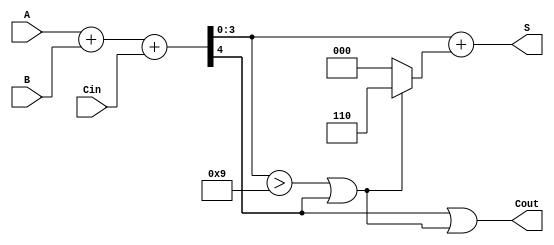
module BCD_Fast_Adder (
    input [3:0] A,      // First BCD digit
    input [3:0] B,      // Second BCD digit
    input Cin,          // Carry-in
    output [3:0] S,     // BCD sum
    output Cout         // Carry-out
);

    wire [4:0] Sum;         // 5-bit sum to accommodate carry
    wire Cout_int;          // Intermediate carry-out
    wire [3:0] Corrected_Sum; // Sum after correction
    wire Correction;        // Flag for correction

    // Step 1: Binary addition of A, B and Cin
    assign Sum = A + B + Cin; // 5-bit sum

    // Step 2: Determine if correction is needed
    assign Cout_int = Sum[4]; // Carry-out from binary addition
    assign Correction = (Sum[3:0] > 4'b1001) || Cout_int; // Check if correction is needed

    // Step 3: Correct the sum if necessary
    assign Corrected_Sum = Sum[3:0] + (Correction ? 4'b0110 : 4'b0000); // Add 6 if correction is needed

    // Step 4: Assign final outputs
    assign S = Corrected_Sum[3:0]; // Final BCD sum
    assign Cout = Cout_int || Correction; // Final carry-out

endmodule